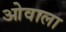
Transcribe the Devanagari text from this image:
ओवाला